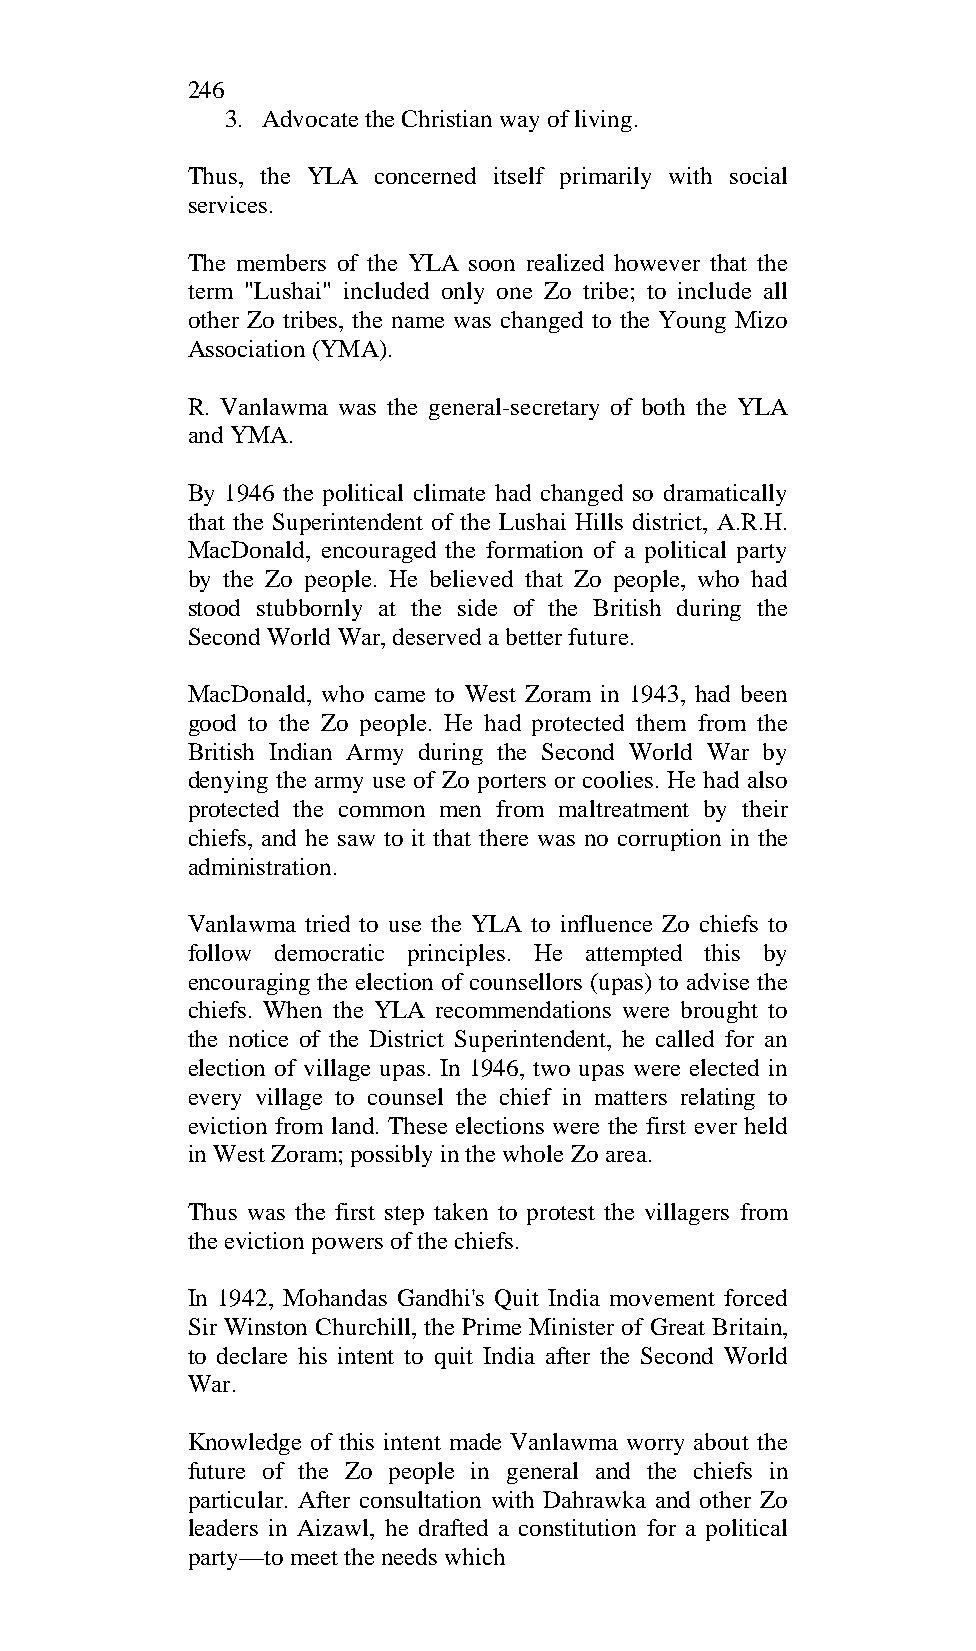
246
 3. Advocate the Christian way of living.
 Thus, the YLA concerned itself primarily with social
 services.
 The members of the YLA soon realized however that the
 term "Lushai" included only one Zo tribe; to include all
 other Zo tribes, the name was changed to the Young Mizo
 Association (YMA).
 R. Vanlawma was the general-secretary of both the YLA
 and YMA.
 By 1946 the political climate had changed so dramatically
 that the Superintendent of the Lushai Hills district, A.R.H.
 MacDonald, encouraged the formation of a political party
 by the Zo people. He believed that Zo people, who had
 stood stubbornly at the side of the British during the
 Second World War, deserved a better future.
 MacDonald, who came to West Zoram in 1943, had been
 good to the Zo people. He had protected them from the
 British Indian Army during the Second World War by
 denying the army use of Zo porters or coolies. He had also
 protected the common men from maltreatment by their
 chiefs, and he saw to it that there was no corruption in the
 administration.
 Vanlawma tried to use the YLA to influence Zo chiefs to
 follow democratic principles. He attempted this by
 encouraging the election of counsellors (upas) to advise the
 chiefs. When the YLA recommendations were brought to
 the notice of the District Superintendent, he called for an
 election of village upas. In 1946, two upas were elected in
 every village to counsel the chief in matters relating to
 eviction from land. These elections were the first ever held
 in West Zoram; possibly in the whole Zo area.
 Thus was the first step taken to protest the villagers from
 the eviction powers of the chiefs.
 In 1942, Mohandas Gandhi's Quit India movement forced
 Sir Winston Churchill, the Prime Minister of Great Britain,
 to declare his intent to quit India after the Second World
 War.
 Knowledge of this intent made Vanlawma worry about the
 future of the Zo people in general and the chiefs in
 particular. After consultation with Dahrawka and other Zo
 leaders in Aizawl, he drafted a constitution for a political
 party—to meet the needs which